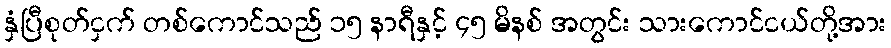
နှံပြီစုတ်ငှက် တစ်ကောင်သည် ၁၅ နာရီနှင့် ၄၅ မိနစ် အတွင်း သားကောင်ငယ်တို့အား